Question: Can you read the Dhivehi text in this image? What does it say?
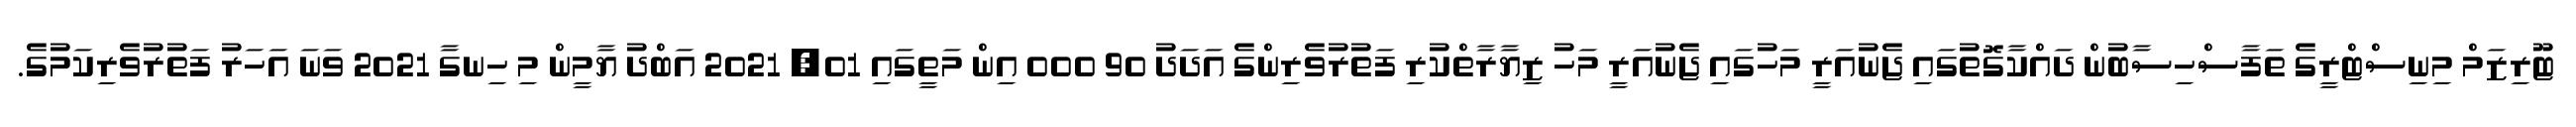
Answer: ޓޫރިޒަމް މިނިސްޓްރީގެ ތަފާސްހިސާބުން ދައްކާގޮތުގައި ޖެނުއަރީ މަހުގައި ޖެނުއަރީ މަހު ޒިޔާރާތްކުރި ފަތުރުވެރިންގެ އަދަދު 90 000 އިން މަތީގައި 01, 2021 އަބްދު ޔާމީން މި ހިނގާ 2021 ވަނަ އަހަރު ފަތުރުވެރިކަމުގެ.